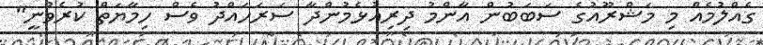
ގެއްލުމެއް މި މަޝްރޫއުގެ ސަބަބުން އާންމު ދިރިއުޅެމުންދާ ސަރަހައްދު ވެސް ހިމާޔަތް ކުރެވުނީ"